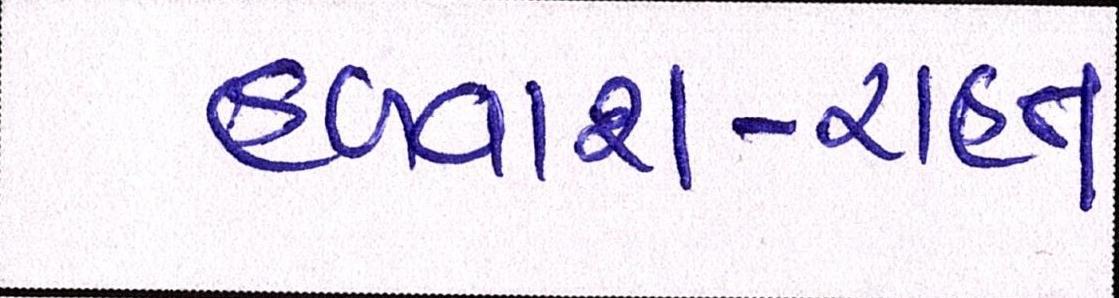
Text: હળવાશ-રાહત